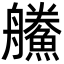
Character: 䲍